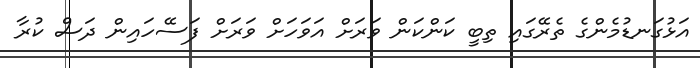
އަޅުގަނޑުމެންގެ ތެރޭގައި ތިބީ ކަންކަން ވަރަށް އަވަހަށް ވަރަށް ފަސޭހައިން ދަސް ކުރާ